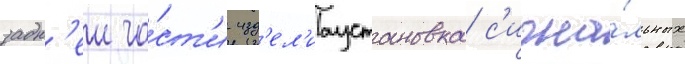
задн'еи ча́ст'и изд'ел'иаустановка с'игна́льных